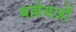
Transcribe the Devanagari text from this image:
बल्लेबज़ों